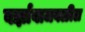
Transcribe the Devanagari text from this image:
वर्झावाजवळील